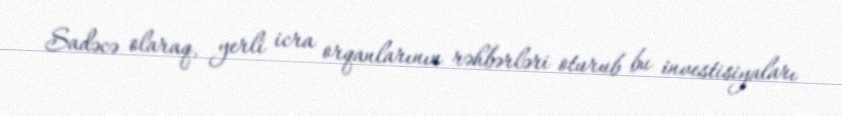
Sadəcə olaraq, yerli icra orqanlarının rəhbərləri oturub bu investisiyaları